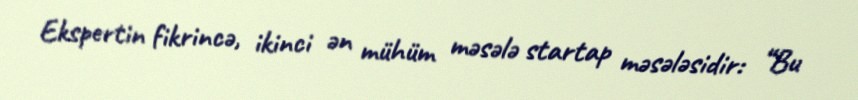
Ekspertin fikrincə, ikinci ən mühüm məsələ startap məsələsidir: “Bu